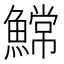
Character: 𫙲